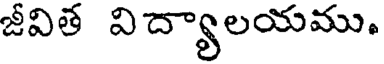
జీవిత విద్యాలయము.